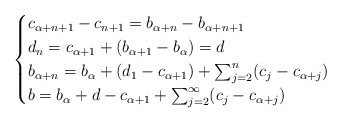
\begin{align*}\begin{cases}c_{\alpha + n +1} - c_{n+1} = b_{\alpha + n} - b_{\alpha + n +1} \\d_n = c_{\alpha + 1} + (b_{\alpha + 1} - b_\alpha) = d \\b_{\alpha + n} = b_\alpha + (d_1 - c_{\alpha+1}) + \sum_{j=2}^n (c_j - c_{\alpha + j}) \\b = b_\alpha + d - c_{\alpha + 1} + \sum_{j=2}^\infty (c_j - c_{\alpha+j})\end{cases} \end{align*}